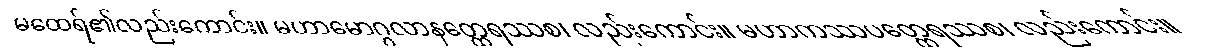
မထေရ်၏လည်းကောင်း။ မဟာမောဂ္ဂလာနတ္ထေရဿစ၊ လည်းကောင်း။ မဟာကဿပတ္ထေရဿစ၊ လည်းကောင်း။